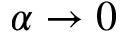
\alpha \rightarrow 0